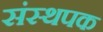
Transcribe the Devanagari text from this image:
संस्थपक